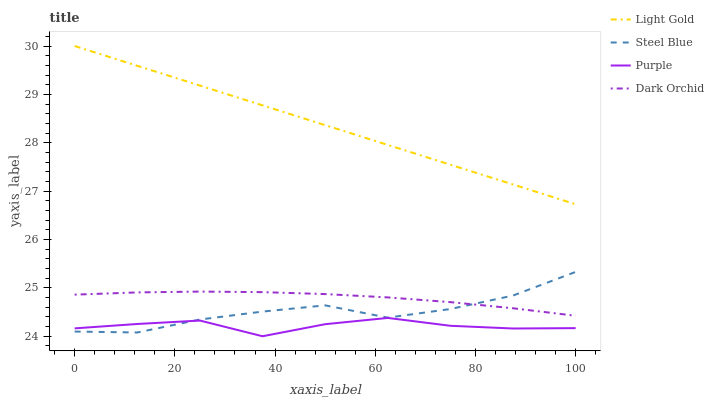
| xaxis_label | Light Gold | Steel Blue | Purple | Dark Orchid |
 | --- | --- | --- | --- | --- |
 | 0 | 30 | 24.1 | 24.2 | 24.9 |
 | 12.5 | 29.6 | 24.1 | 24.3 | 24.9 |
 | 25 | 29.2 | 24.3 | 24.3 | 24.9 |
 | 37.5 | 28.8 | 24.5 | 24 | 24.9 |
 | 50 | 28.4 | 24.6 | 24.2 | 24.9 |
 | 62.5 | 28 | 24.4 | 24.4 | 24.8 |
 | 75 | 27.5 | 24.6 | 24.2 | 24.7 |
 | 87.5 | 27.1 | 24.8 | 24.2 | 24.6 |
 | 100 | 26.7 | 25.3 | 24.2 | 24.4 |